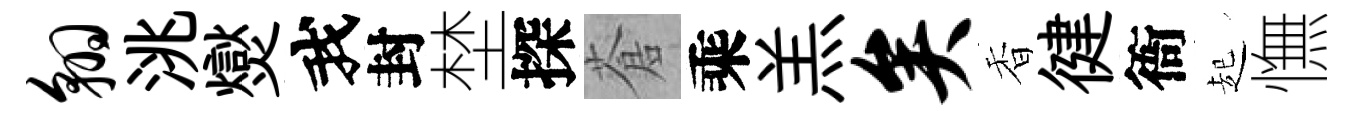
翱洮爕我封埜探蒼乘羔矣香徤衙起憮